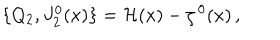
\{ Q _ { 2 } , J _ { 2 } ^ { 0 } ( x ) \} = { \cal H } ( x ) - \zeta ^ { \, 0 } ( x ) \, ,